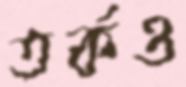
তর্কও